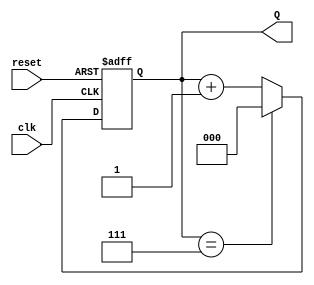
module binary_counter #(
    parameter N = 3 // Number of bits for the counter
)(
    input wire clk,       // Clock input
    input wire reset,     // Asynchronous reset input
    output reg [N-1:0] Q // Counter output
);

// Synchronous process
always @(posedge clk or posedge reset) begin
    if (reset) begin
        Q <= 0; // Asynchronous reset to zero
    end else begin
        if (Q == (1 << N) - 1) begin
            Q <= 0; // Wrap around to 0
        end else begin
            Q <= Q + 1; // Increment the counter
        end
    end
end

endmodule